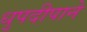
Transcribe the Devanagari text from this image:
धुपदीपाने